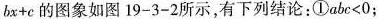
$$bx+c$$的图象如图19-3-2所示，有下列结论：①abc<0；